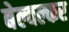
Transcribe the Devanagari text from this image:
बेल्वल्कर